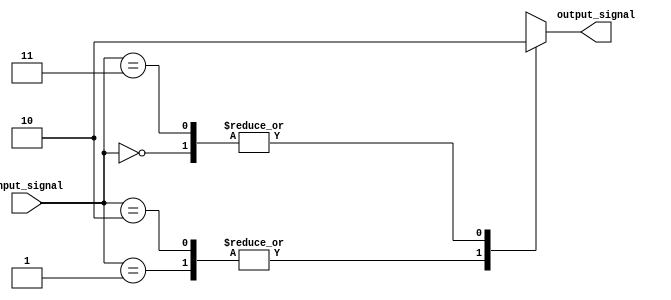
module simple_case_statement(
    input [1:0] input_signal,
    output reg output_signal
);

always @(*)
begin
    case(input_signal)
        2'b00: output_signal <= 1'b0; // If input_signal is 00, set output_signal to 0
        2'b01: output_signal <= 1'b1; // If input_signal is 01, set output_signal to 1
        2'b10: output_signal <= 1'b1; // If input_signal is 10, set output_signal to 1
        2'b11: output_signal <= 1'b0; // If input_signal is 11, set output_signal to 0
    endcase
end
endmodule